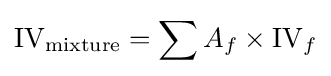
{\textrm {IV}}_{\textrm {mixture}}=\sum A_{f}\times {\textrm {IV}}_{f}